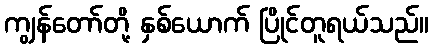
ကျွန်တော်တို့ နှစ်ယောက် ပြိုင်တူရယ်သည်။